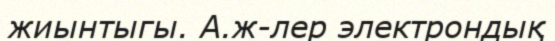
жиынтыгы. А.ж-лер электрондық